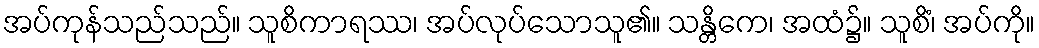
အပ်ကုန်သည်သည်။ သူစိကာရဿ၊ အပ်လုပ်သောသူ၏။ သန္တိကေ၊ အထံ၌။ သူစိံ၊ အပ်ကို။